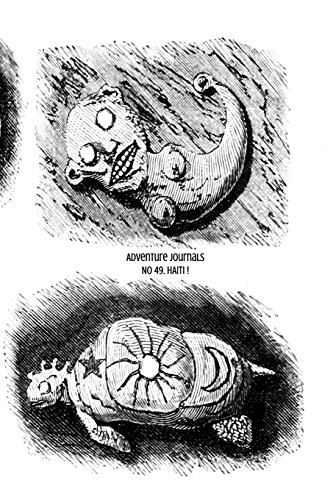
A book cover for No 49. Haiti! (Adventure Journals); Adventure Journals; Travel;